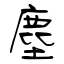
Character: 塵